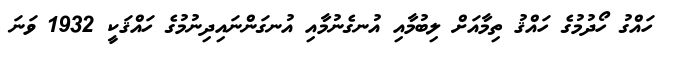
ހައްގު ހޯދުމުގެ ހައްޤު ތިމާއަށް ލިބުމާއި އުނގެނުމާއި އުނގަންނައިދިނުމުގެ ހައްޤަކީ 1932 ވަނަ